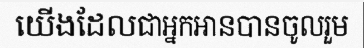
យើងដែលជាអ្នកអានបានចូលរួម